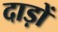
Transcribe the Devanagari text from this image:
दाड़ों